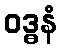
ဝဒ္ဓနံ